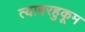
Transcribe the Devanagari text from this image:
त्याबरहुकूम